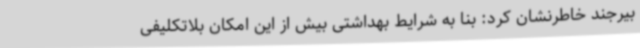
بیرجند خاطرنشان کرد: بنا به شرایط بهداشتی بیش از این امکان بلاتکلیفی